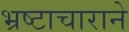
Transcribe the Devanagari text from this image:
भ्रष्टाचाराने